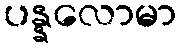
ပန္နလောမာ